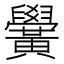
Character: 黌